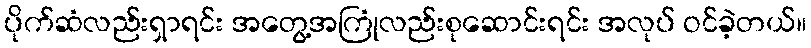
ပိုက်ဆံလည်းရှာရင်း အတွေ့အကြုံလည်းစုဆောင်းရင်း အလုပ် ဝင်ခဲ့တယ်။